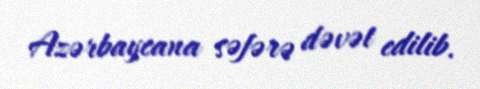
Azərbaycana səfərə dəvət edilib.